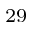
^ { 2 9 }